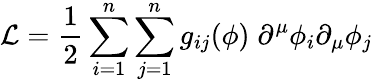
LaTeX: {\mathcal{L}}={\frac{1}{2}}\sum_{i=1}^{n}\sum_{j=1}^{n}g_{ij}(\phi)\; \partial^{\mu}\phi_{i}\partial_{\mu}\phi_{j}